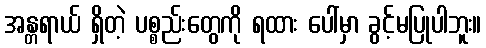
အန္တရာယ် ရှိတဲ့ ပစ္စည်းတွေကို ရထား ပေါ်မှာ ခွင့်မပြုပါဘူး။